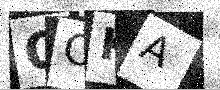
Text: OOKA